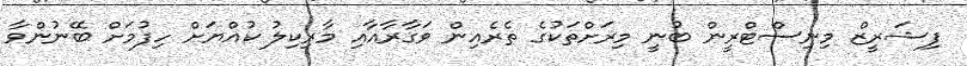
ފިޝަރީޒް މިނިސްޓްރީން ބުނީ މިރަށްތަކުގެ ތެރެއިން ވަގާރާއާއި މާރިކިލު ކުއްޔަށް ހިފުމަށް ބޭނުންވާ